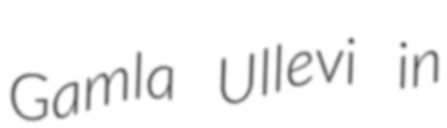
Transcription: Gamla Ullevi in